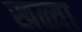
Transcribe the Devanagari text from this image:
खळ्या